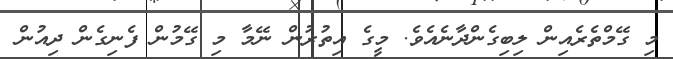
މި ގޭމްތެރެއިން ލިބިގެންދާނެއެވެ. މީގެ އިތުރުން ނޭމާ މި ގޭމުން ފެނިގެން ދިއުން